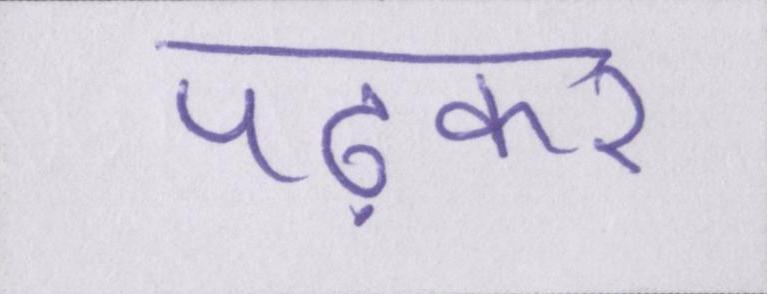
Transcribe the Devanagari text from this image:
पढ़कर